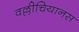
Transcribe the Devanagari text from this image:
वल्लीचियानस